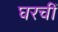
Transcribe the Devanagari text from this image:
घरचीं